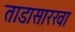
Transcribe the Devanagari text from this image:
ताडासारखा